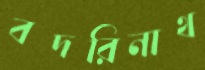
বদরিনাথ